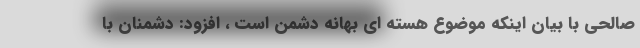
صالحی با بیان اینکه موضوع هسته ای بهانه دشمن است ، افزود: دشمنان با